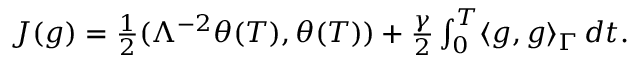
\begin{array} { r } { J ( g ) = \frac { 1 } { 2 } ( \Lambda ^ { - 2 } \theta ( T ) , \theta ( T ) ) + \frac { \gamma } { 2 } \int _ { 0 } ^ { T } \langle g , g \rangle _ { \Gamma } \, d t . } \end{array}